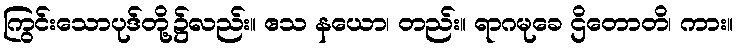
ကြွင်းသောပုဒ်တို့၌လည်း။ ဧသ နယော၊ တည်း။ ရာဂမုခေ ဌိတောတိ၊ ကား။